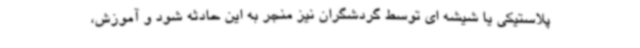
پلاستیکی یا شیشه ای توسط گردشگران نیز منجر به این حادثه شود و آموزش،